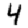
Digit: 4